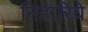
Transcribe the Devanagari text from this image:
निहारिये